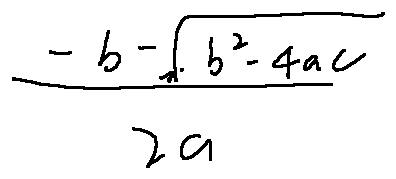
\frac { - b - \sqrt { b ^ { 2 } - 4 a c } } { 2 a }